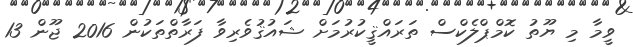
ވީމާ މި ޔޫތު ކޮމްޕްލެކްސް ތަރައްޤީކުރުމަށް ޝައުޤުވެރިވާ ފަރާތްތަކުން 2016 ޖޫން 13